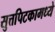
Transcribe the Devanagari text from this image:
सुत्तपिटकामध्ये